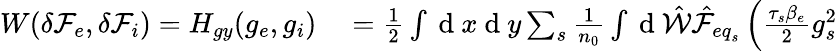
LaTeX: \begin{array}{rl}{W(\delta{\mathcal F}_{e},\delta{\mathcal F}_{i})=H_{gy}(g_{e},g_{i})}&{{}=\frac{1}{2}\int\mathrm{~d~}x\mathrm{~d~}y\sum_{s}\frac{1}{n_{0}}\int\mathrm{~d~}\hat{\mathcal{W}}\hat{\mathcal{F}}_{{eq}_{s}}\left(\frac{\tau_{s}\beta_{e}}{2}g_{s}^{2}\right.}\end{array}